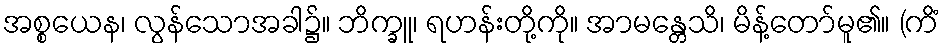
အစ္စယေန၊ လွန်သောအခါ၌။ ဘိက္ခူ၊ ရဟန်းတို့ကို။ အာမန္တေသိ၊ မိန့်တော်မူ၏။ (ကိံ